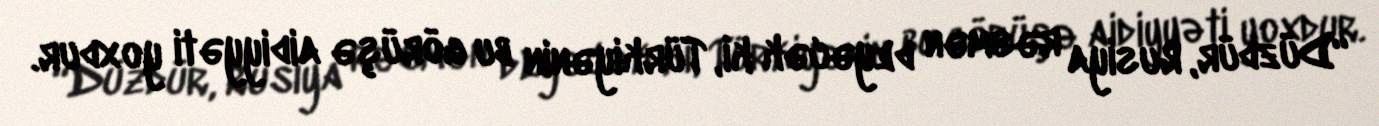
“Düzdür, Rusiya rəsmən deyəcək ki, Türkiyənin bu görüşə aidiyyəti yoxdur.